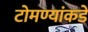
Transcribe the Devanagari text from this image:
टोमण्यांकडे